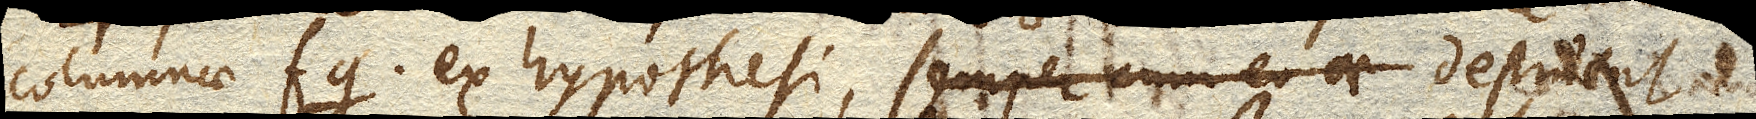
columnae fg ex hypothesi, semper cum eo ae destruent